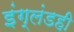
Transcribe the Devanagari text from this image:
इंग्लंडही